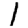
Digit: 1